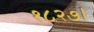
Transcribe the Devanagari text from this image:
१८२७।